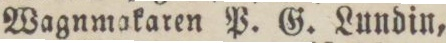
Wagnmakaren P. G. Lundin,